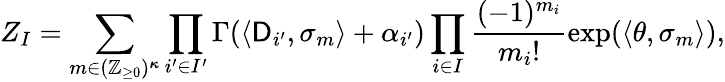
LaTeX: Z_{I}=\sum_{m\in(\mathbb{Z}_{\ge 0})^{{\boldsymbol{\kappa}}}}\prod_{i^{\prime}\in I^{\prime}}\Gamma(\langle\mathsf{D}_{i^{\prime}},\sigma_{m}\rangle+\alpha_{i^{\prime}})\prod_{i\in I}\frac{(-1)^{m_{i}}}{m_{i}!}\exp(\langle\theta,\sigma_{m}\rangle),